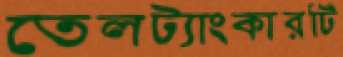
তেলট্যাংকারটি